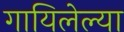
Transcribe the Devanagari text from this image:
गायिलेल्या